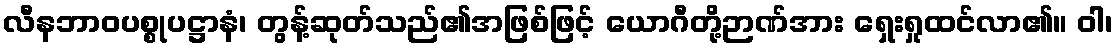
လီနဘာဝပစ္စုပဋ္ဌာနံ၊ တွန့်ဆုတ်သည်၏အဖြစ်ဖြင့် ယောဂီတို့ဉာဏ်အား ရှေးရှုထင်လာ၏။ ဝါ၊